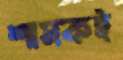
শাসকই